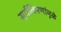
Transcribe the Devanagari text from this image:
सूर्यकिरणांमुळे